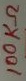
Text: 100KΩ